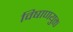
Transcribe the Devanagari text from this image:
विषाणयुक्त